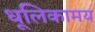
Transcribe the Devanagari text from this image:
धूलिकामय